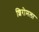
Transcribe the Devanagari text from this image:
शिरोमला